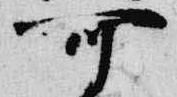
可